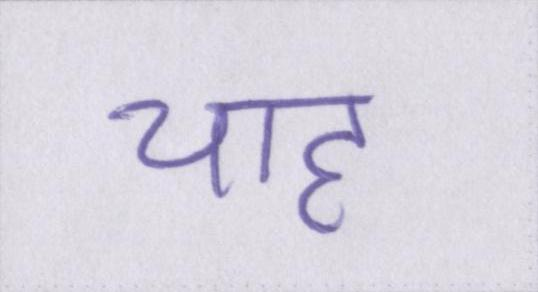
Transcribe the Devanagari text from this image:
चाह